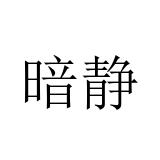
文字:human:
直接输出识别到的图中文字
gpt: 暗静